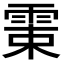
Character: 𩂺